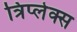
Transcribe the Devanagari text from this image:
त्रिप्लेक्स